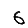
Digit: 6